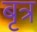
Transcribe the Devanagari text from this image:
बृत्र